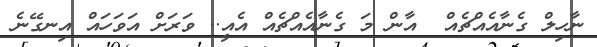
ނާހިލް ގެނާއެއްޗެއް  އާން މަ ގެނާއެއްޗެއް އެއީ.. ވަރަށް އަވަހައް އިނގޭނެ